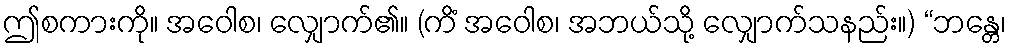
ဤစကားကို။ အဝေါစ၊ လျှောက်၏။ (ကိံ အဝေါစ၊ အဘယ်သို့ လျှောက်သနည်း။) “ဘန္တေ၊